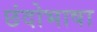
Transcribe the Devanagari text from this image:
छंदोभाषा